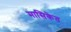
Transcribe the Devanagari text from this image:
मासिकेत